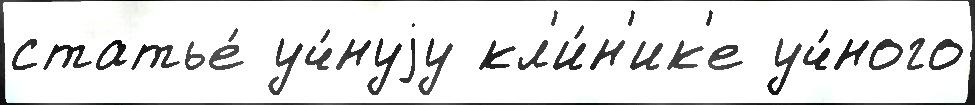
статье́ уч́нуjу кл'и́н'ик'е уч́ного